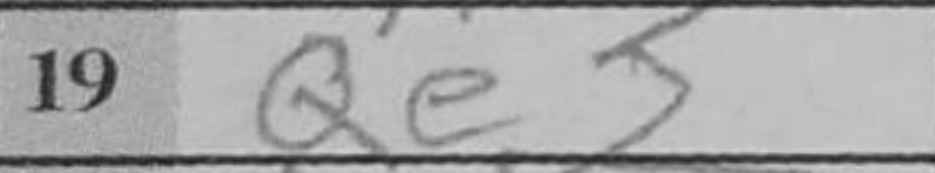
Transcription: Qe3